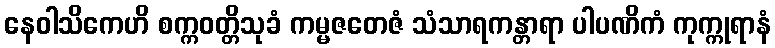
နေဝါသိကေဟိ စက္ကဝတ္တိသုခံ ကမ္မဇတေဇံ သံသာရကန္တာရာ ပါပဏိကံ ကုက္ကုရာနံ